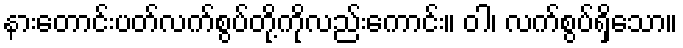
နားတောင်းပတ်လက်စွပ်တို့ကိုလည်းကောင်း။ ဝါ၊ လက်စွပ်ရှိသော။